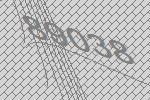
89038